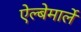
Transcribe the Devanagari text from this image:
ऐल्बेमार्ले